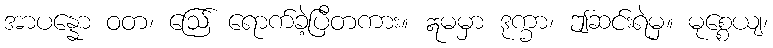
အာပန္နော ဝတ၊ ဩေ် ရောက်ခဲ့ပြီတကား။ ဣမမှာ ဒုက္ခာ၊ ဤဆင်းရဲမှ။ မုစ္စေယျ၊